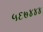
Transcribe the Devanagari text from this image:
५६७४४४